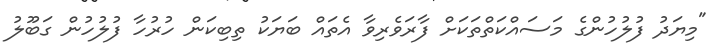
"މިޔަދު ފުލުހުންގެ މަސައްކަތްތަކަށް ފާރަވެރިވާ އެތައް ބަޔަކު ތިބިކަން ހުރުހާ ފުލުހުން ގަބޫލު